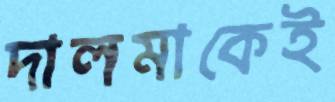
দালমাকেই